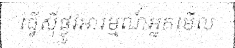
ធ្វើស៊ីផ្លូវអារម្មណ៍អ្នកមើល